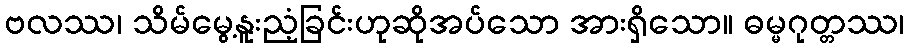
ဗလဿ၊ သိမ်မွေ့နူးညံ့ခြင်းဟုဆိုအပ်သော အားရှိသော။ ဓမ္မဂုတ္တဿ၊